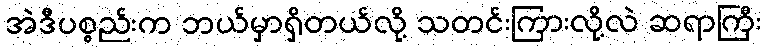
အဲဒီပစ္စည်းက ဘယ်မှာရှိတယ်လို့ သတင်းကြားလို့လဲ ဆရာကြီး